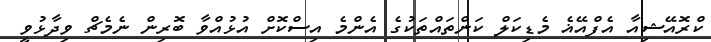
ކްރޮއޭޝިއާ އެފްއޭޣެ މެޑިކަލް ކަންތައްތަކުގެ އެންމެ އިސްކޮށް އުޅުއްވާ ބޮރިން ނެމެޗް ވިދާޅުވީ